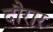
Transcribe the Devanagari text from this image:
दौरार